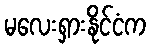
မလေးရှားနိုင်ငံက